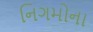
નિગમોના